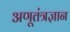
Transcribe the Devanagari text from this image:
अणूतंत्रज्ञान